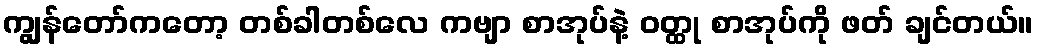
ကျွန်တော်ကတော့ တစ်ခါတစ်လေ ကဗျာ စာအုပ်နဲ့ ဝတ္ထု စာအုပ်ကို ဖတ် ချင်တယ်။